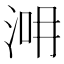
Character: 𣵢